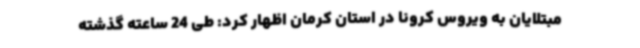
مبتلایان به ویروس کرونا در استان کرمان اظهار کرد: طی 24 ساعته گذشته